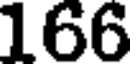
166